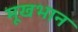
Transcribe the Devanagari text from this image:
मूखभान